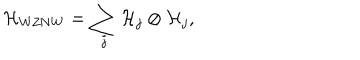
{ \cal H } _ { \mathrm { W Z N W } } = \sum _ { j } { \cal H } _ { j } \otimes { \cal H } _ { j } ,